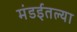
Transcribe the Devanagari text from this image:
मंडईतल्या